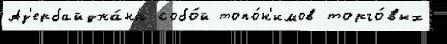
Аз'ербайджа́на собо́й топо́н'имов торго́вых